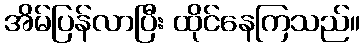
အိမ်ပြန်လာပြီး ထိုင်နေကြသည်။